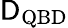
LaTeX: \textrm{\textsf{D}}_{\textrm{QBD}}